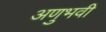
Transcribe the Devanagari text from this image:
अणुभवी